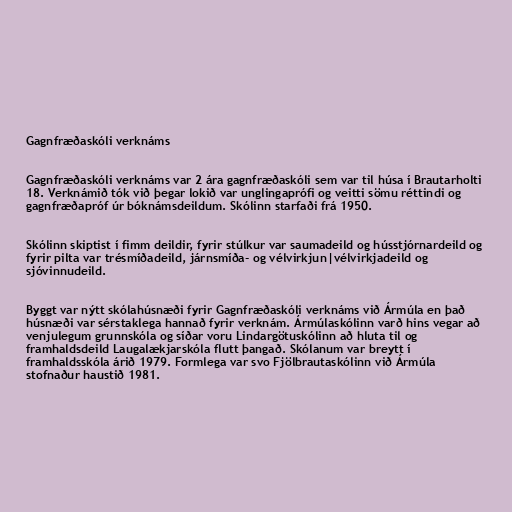
Gagnfræðaskóli verknáms

Gagnfræðaskóli verknáms var 2 ára gagnfræðaskóli sem var til húsa í Brautarholti
18. Verknámið tók við þegar lokið var unglingaprófi og veitti sömu réttindi og
gagnfræðapróf úr bóknámsdeildum. Skólinn starfaði frá 1950.

Skólinn skiptist í fimm deildir, fyrir stúlkur var saumadeild og hússtjórnardeild og
fyrir pilta var trésmíðadeild, járnsmíða- og vélvirkjun|vélvirkjadeild og
sjóvinnudeild.

Byggt var nýtt skólahúsnæði fyrir Gagnfræðaskóli verknáms við Ármúla en það
húsnæði var sérstaklega hannað fyrir verknám. Ármúlaskólinn varð hins vegar að
venjulegum grunnskóla og síðar voru Lindargötuskólinn að hluta til og
framhaldsdeild Laugalækjarskóla flutt þangað. Skólanum var breytt í
framhaldsskóla árið 1979. Formlega var svo Fjölbrautaskólinn við Ármúla
stofnaður haustið 1981.